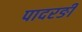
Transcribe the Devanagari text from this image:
पादरङी